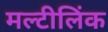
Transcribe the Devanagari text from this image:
मल्टीलिंक